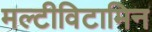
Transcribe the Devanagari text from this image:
मल्टीविटामिन